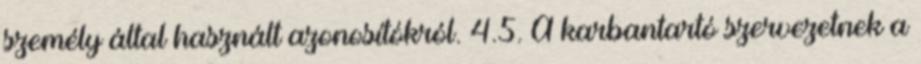
személy által használt azonosítókról. 4.5. A karbantartó szervezetnek a